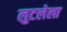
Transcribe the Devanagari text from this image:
लुटलेला